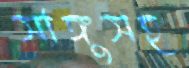
সাঙ্গুসহ